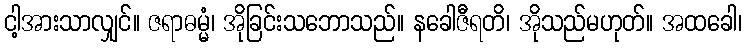
ငါ့အားသာလျှင်။ ဇရာဓမ္မံ၊ အိုခြင်းသဘောသည်။ နခေါဇီရတိ၊ အိုသည်မဟုတ်။ အထခေါ၊